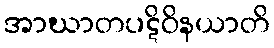
အာဃာတပဋိဝိနယာတိ